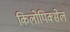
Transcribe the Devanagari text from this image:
किलोपिक्सेल